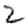
Digit: 2